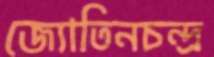
জ্যোতিনচন্দ্র